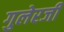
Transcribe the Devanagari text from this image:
गुलेरजी